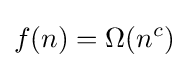
f(n)=\Omega (n^{c})